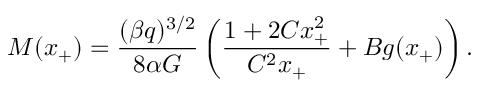
M ( x _ { + } ) = \frac { ( \beta q ) ^ { 3 / 2 } } { 8 \alpha G } \left( \frac { 1 + 2 C x _ { + } ^ { 2 } } { C ^ { 2 } x _ { + } } + B g ( x _ { + } ) \right) .